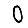
Digit: 0